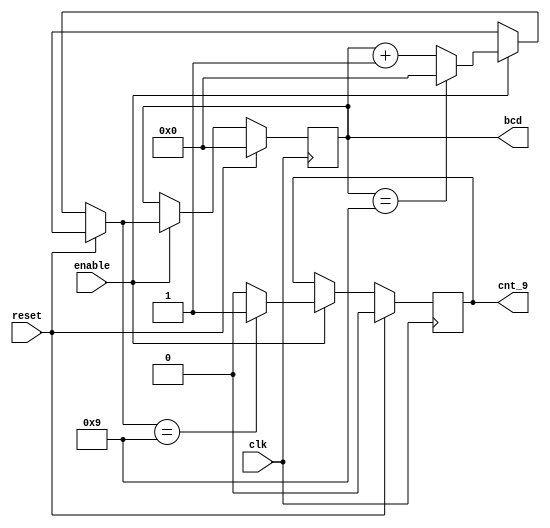
module counter_bcd(   input clk,
                      input enable,
                      input reset,
                      output reg [3:0] bcd,
                      output cnt_9);
  initial begin
    bcd = 0;
    cnt_9 = 0;
  end
  always @(posedge clk) begin
    if (reset) begin
      bcd = 0;
      cnt_9 = 1'b0; 
    end else if (enable) begin
      // Count from 0 to 9 
      if (bcd == 9) begin
        bcd = 0;
      end else begin
        bcd++;
      end
      
      // Enable or not the next block
      cnt_9 = (bcd == 9)? 1'b1 : 1'b0;
    end 
  end 
endmodule